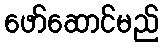
ဖော်ဆောင်မည်